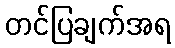
တင်ပြချက်အရ